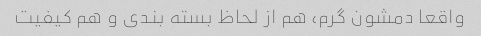
واقعا دمشون گرم، هم از لحاظ بسته بندی و هم کیفیت